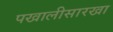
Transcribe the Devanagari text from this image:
पखालीसारखा